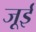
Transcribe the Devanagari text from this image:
जूई